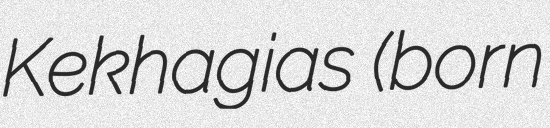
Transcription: Kekhagias (born